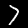
Label: 7